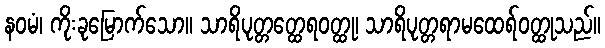
နဝမံ၊ ကိုးခုမြောက်သော။ သာရိပုတ္တတ္ထေရဝတ္ထု၊ သာရိပုတ္တရာမထေရ်ဝတ္ထုသည်။